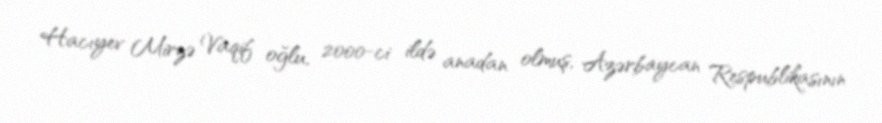
Hacıyev Mirzə Vaqif oğlu, 2000-ci ildə anadan olmuş, Azərbaycan Respublikasının